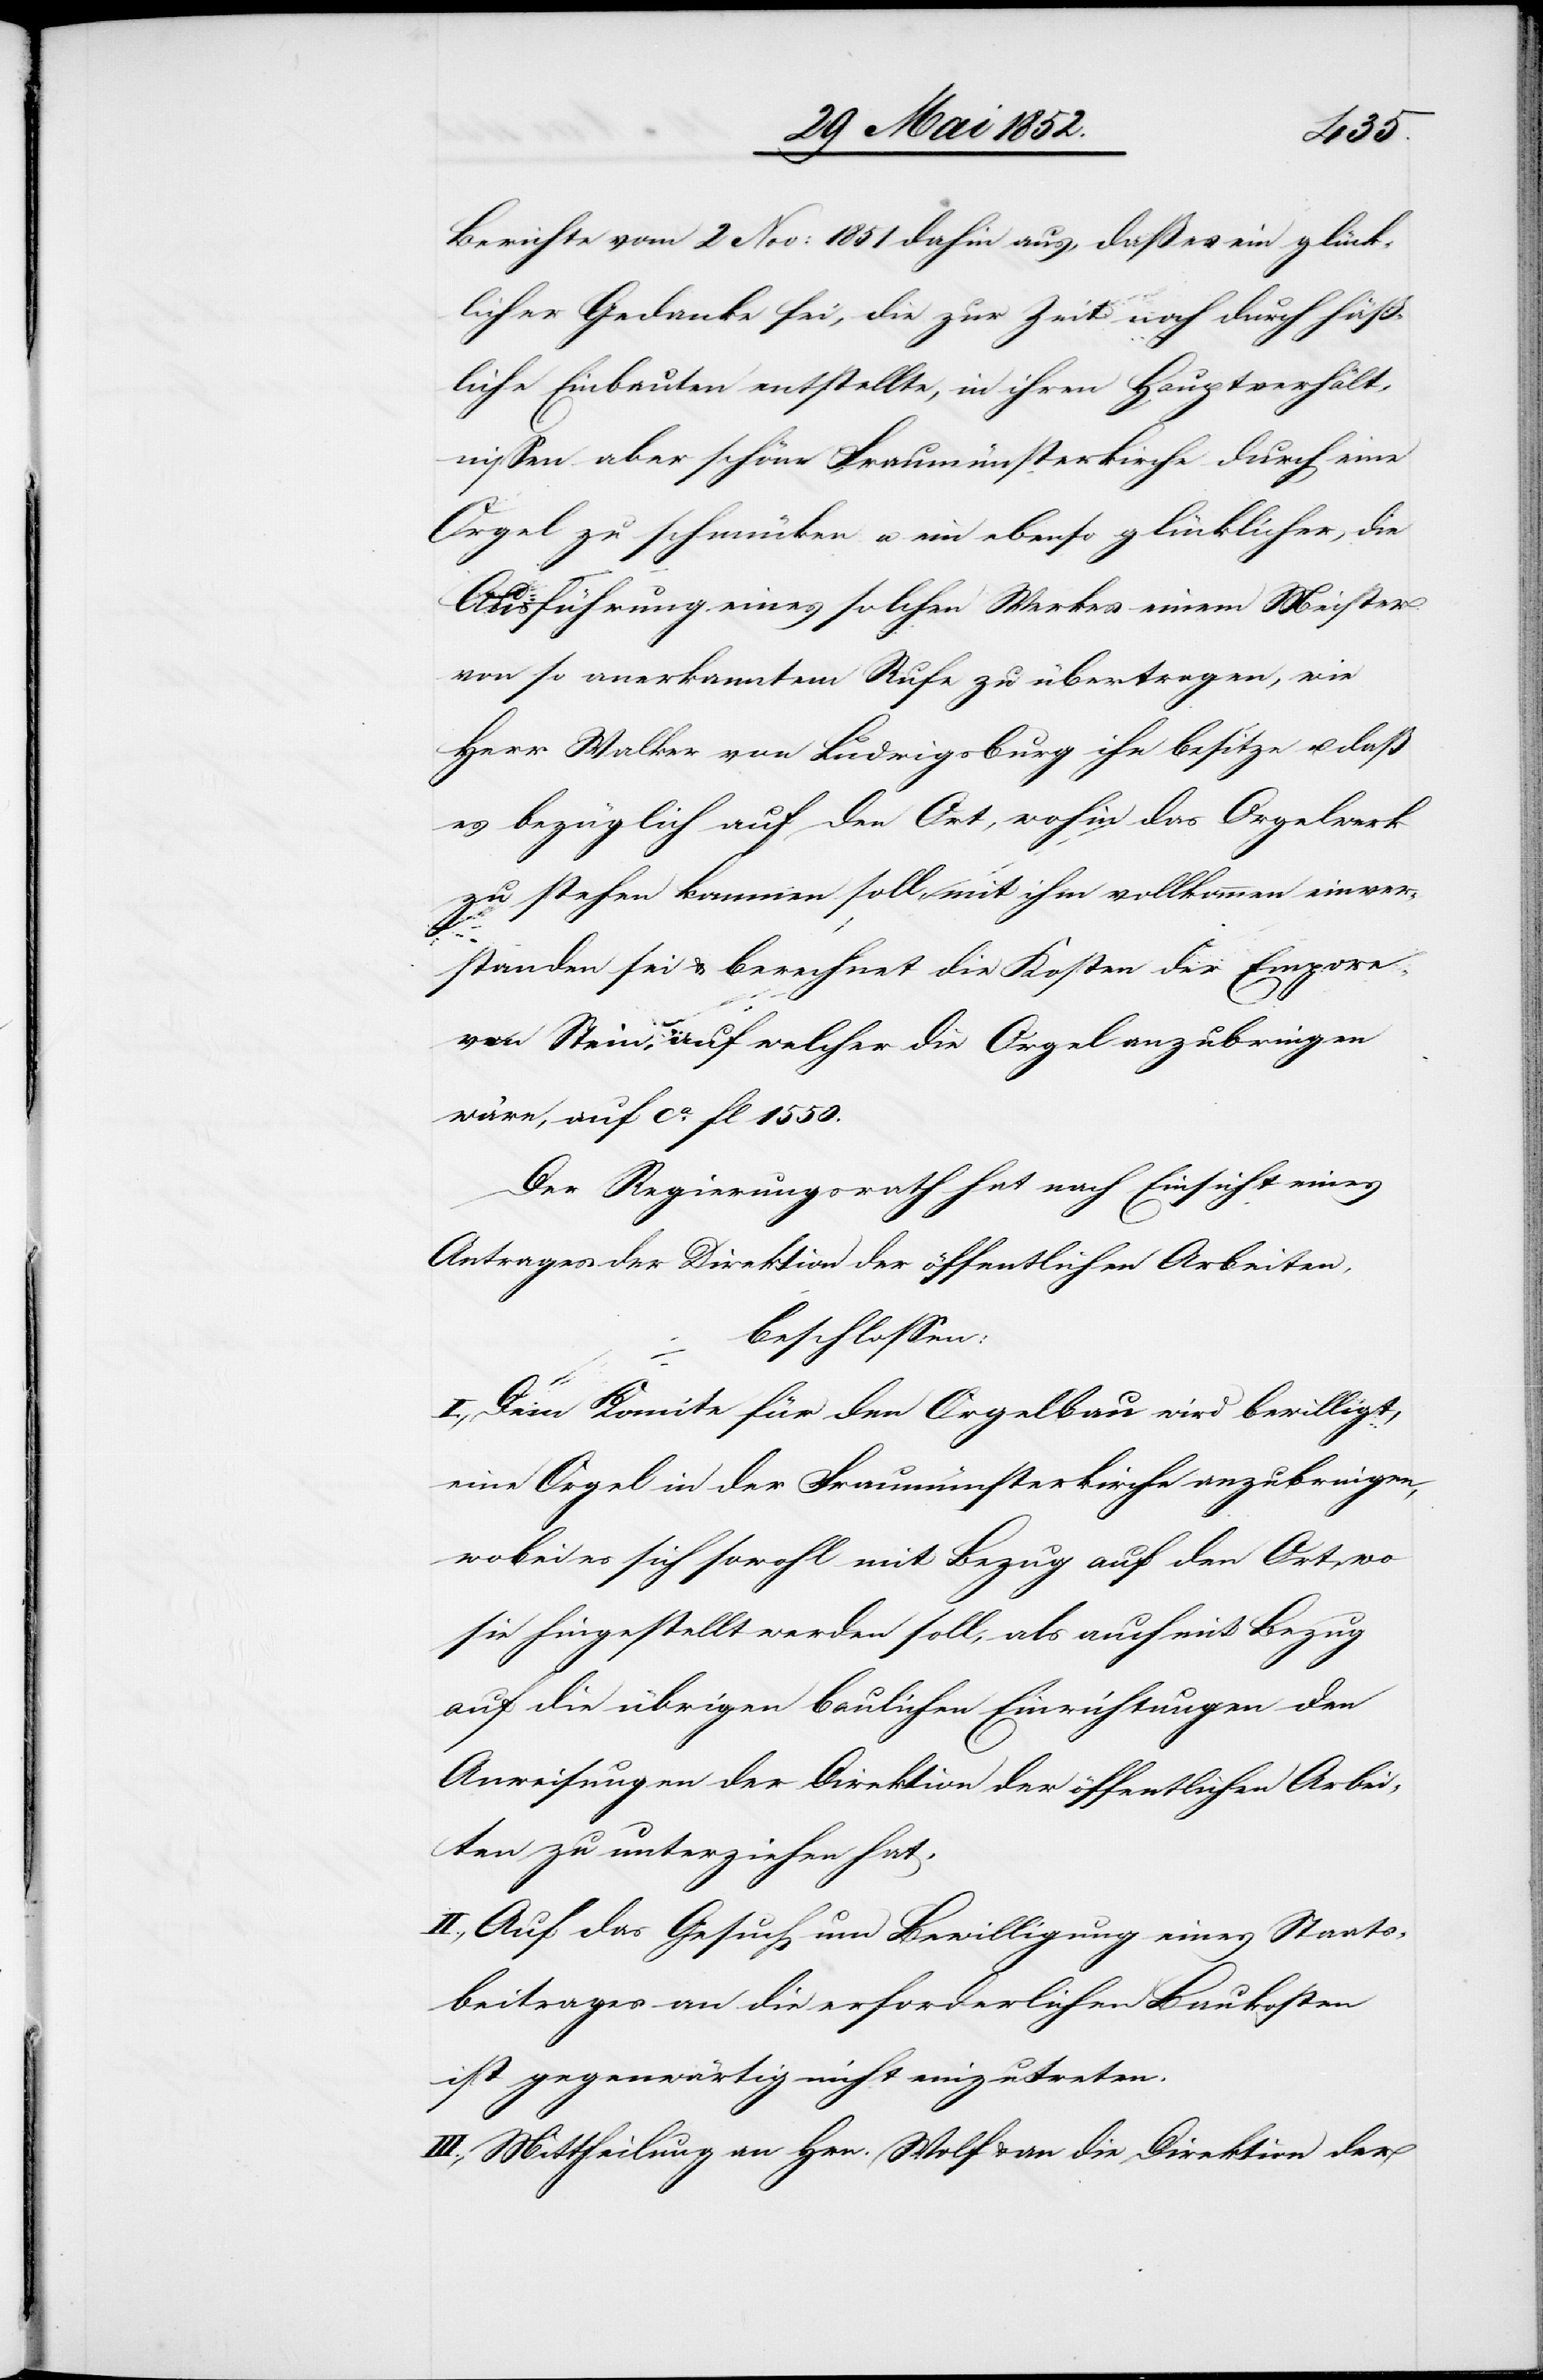
Berichte vom 2 Nov: 1851 dahin aus, daß es ein glück¬
licher Gedanke sei, die zur Zeit noch durch häß¬
liche Einbauten entstellte, in ihren Hauptverhält¬
nissen aber schöne Fraumünsterkirche durch eine
Orgel zu schmücken u. ein ebenso glücklicher, die
Ausführung eines solchen Werkes einem Meister
von so anerkanntem Rufe zu übertragen, wie
Herr Walker von Ludwigsburg ihn besitze u. daß
es bezüglich auf den Ort, wohin das Orgelwerk
zu stehen kommen soll, mit ihm vollkommen einver¬
standen sei & berechnet die Kosten der Empore
von Stein, auf welcher die Orgel anzubringen
wäre, auf ca. fl 1550.
Der Regierungsrath hat nach Einsicht eines
Antrages der Direktion der öffentlichen Arbeiten,
beschlossen:
I., Dem Komite für den Orgelbau wird bewilligt,
eine Orgel in der Fraumünsterkirche anzubringen,
wobei es sich sowohl mit Bezug auf den Ort, wo
sie hingestellt werden soll, als auch mit Bezug
auf die übrigen baulichen Einrichtungen den
Anweisungen der Direktion der öffentlichen Arbei¬
ten zu unterziehen hat.
II., Auf das Gesuch um Bewilligung eines Staats¬
beitrages an die erforderlichen Baukosten
ist gegenwärtig nicht einzutreten.
III., Mittheilung an Hrn. Wolf & an die Direktion der